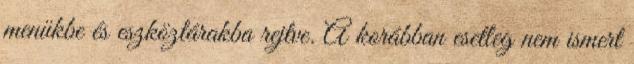
menükbe és eszköztárakba rejtve. A korábban esetleg nem ismert